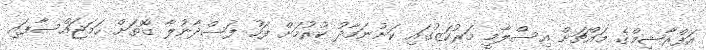
އަފްރާޝީމްގެ މައްޗަށް އިސްލާމީ މަރުކަޒުގައި ކަށުނަމާދު ކުރުމަށް ފަހު ފަސްދާނުލާ ގޮތަށް ހަމަޖައްސާފައި